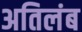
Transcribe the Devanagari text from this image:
अतिलंब